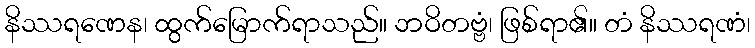
နိဿရဏေန၊ ထွက်မြောက်ရာသည်။ ဘဝိတဗ္ဗံ၊ ဖြစ်ရာ၏။ တံ နိဿရဏံ၊